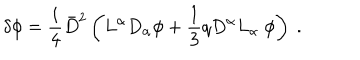
LaTeX: \delta \phi = \frac { i } { 4 } { \bar { D } } ^ { 2 } \left( L ^ { \alpha } D _ { \alpha } \phi + \frac { 1 } { 3 } q D ^ { \alpha } L _ { \alpha } \ \phi \right) \ .